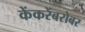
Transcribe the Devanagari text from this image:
केंकरेंबरोबर